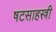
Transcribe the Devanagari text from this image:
षटसाहस्त्री